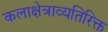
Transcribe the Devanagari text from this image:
कलाक्षेत्राव्यतिरिक्त